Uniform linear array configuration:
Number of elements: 64
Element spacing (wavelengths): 1
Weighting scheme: cosine
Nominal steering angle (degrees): -30
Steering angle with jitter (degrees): -31.568
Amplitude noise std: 0.05
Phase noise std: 0.05

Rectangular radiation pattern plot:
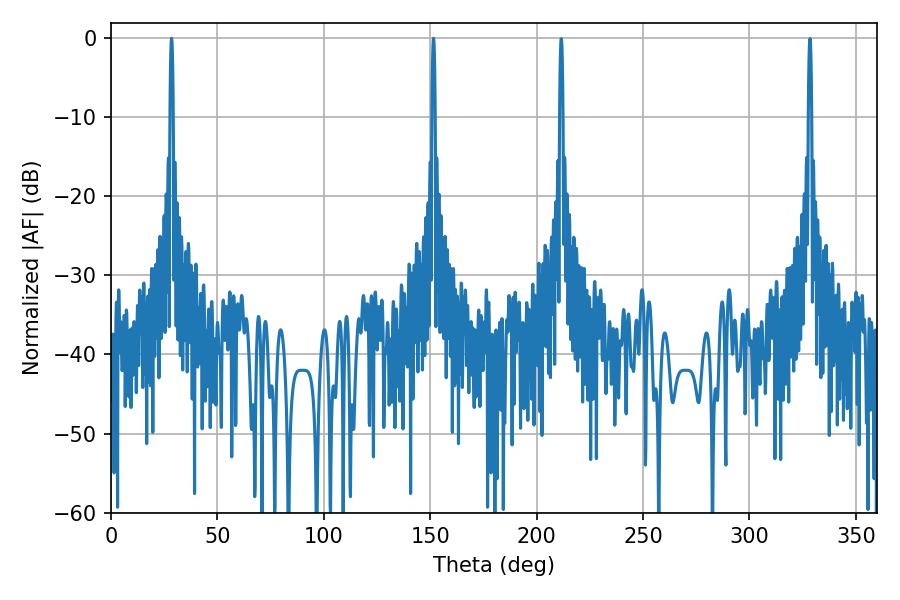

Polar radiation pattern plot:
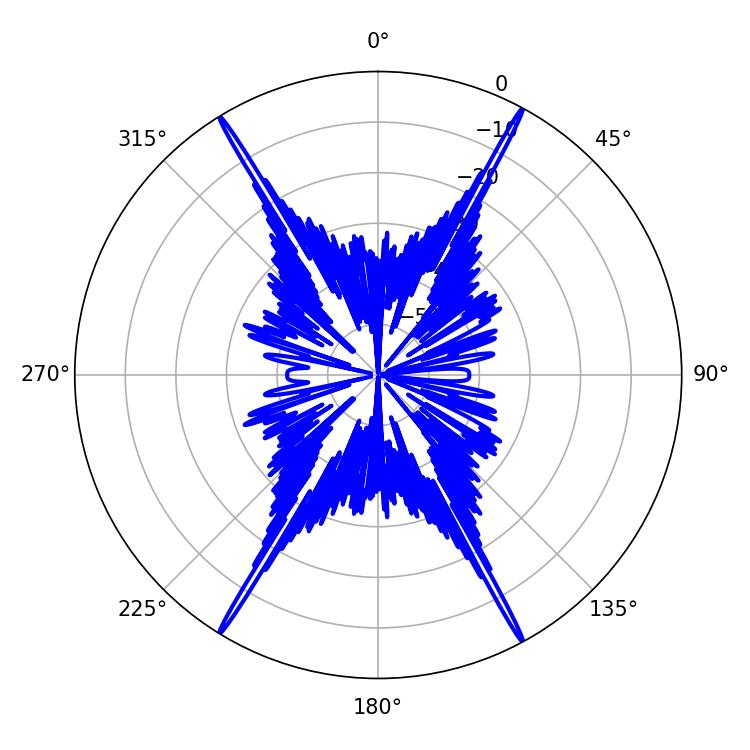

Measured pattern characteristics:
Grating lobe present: TRUE
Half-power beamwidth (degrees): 0.72
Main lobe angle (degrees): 28.44